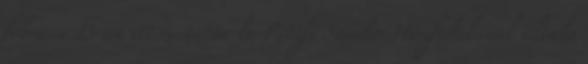
február 13-án itt mutatta be Petőfi Sándor Honfidalának általa